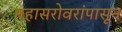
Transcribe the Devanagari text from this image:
महासरोवरांपासून